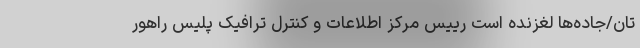
تان/جاده‌ها لغزنده است رییس مرکز اطلاعات و کنترل ترافیک پلیس راهور